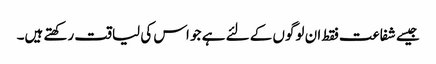
جیسے شفاعت فقط ان لوگوں کے لئے ہے جو اس کی لیاقت رکھتے ہیں۔